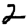
Digit: 2